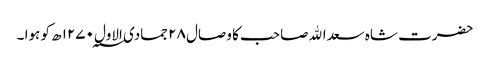
حضرت شاہ سعداﷲ صاحب کا وصال ۲۸ جمادی الاول ۱۲۷۰؁ ھ کو ہوا ۔